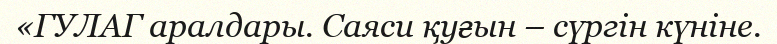
«ГУЛАГ аралдары. Саяси қуғын – сүргін күніне.